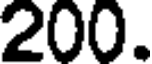
200.